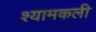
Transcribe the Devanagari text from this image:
श्यामकली